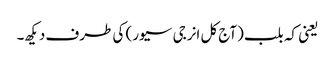
یعنی کہ بلب (آج کل انرجی سیور) کی طرف دیکھ۔